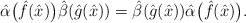
\begin{gather*}{\hat{\alpha}}\big(\hat{f}(\hat{x})\big){\hat{\beta}}(\hat{g}(\hat{x}))={\hat{\beta}}(\hat{g}(\hat{x})){\hat{\alpha}}\big(\hat{f}(\hat{x})\big).\end{gather*}